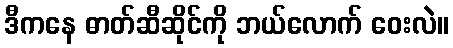
ဒီကနေ ဓာတ်ဆီဆိုင်ကို ဘယ်လောက် ဝေးလဲ။